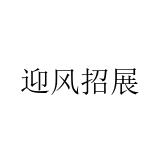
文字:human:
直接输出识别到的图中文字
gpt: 迎风招展